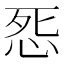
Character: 𭜨